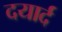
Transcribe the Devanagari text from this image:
दयार्द